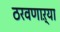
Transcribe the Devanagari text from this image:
ठरवणाऱ्या